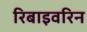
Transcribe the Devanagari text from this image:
रिबाइवरिन